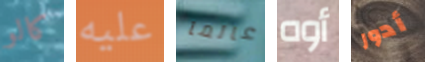
كالو عليه عالما أوه أدور